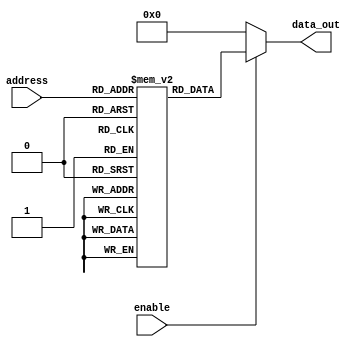
module parameterized_rom #(
    parameter ADDR_WIDTH = 4,  // Address width (number of addressable entries)
    parameter DATA_WIDTH = 8    // Data width (number of bits for each entry)
)(
    input wire [ADDR_WIDTH-1:0] address, // Address input
    input wire enable,                   // Enable signal
    output reg [DATA_WIDTH-1:0] data_out // Data output
);

// Declare the ROM as a memory array
reg [DATA_WIDTH-1:0] rom [(2**ADDR_WIDTH)-1:0];

// Initialize the ROM with predefined values
initial begin
    // Example initialization; modify as needed
    rom[0] = 8'h00;
    rom[1] = 8'h01;
    rom[2] = 8'h02;
    rom[3] = 8'h03;
    rom[4] = 8'h04;
    rom[5] = 8'h05;
    rom[6] = 8'h06;
    rom[7] = 8'h07;
    // Add more entries as needed, up to 2^ADDR_WIDTH
end

// Combinational logic for output
always @(*) begin
    if (enable) begin
        data_out = rom[address]; // Output the data at the given address
    end else begin
        data_out = {DATA_WIDTH{1'b0}}; // Output zero or hold previous state
    end
end

endmodule